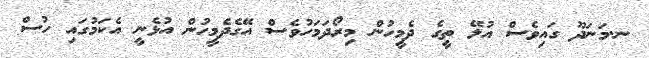
ނ.މަނަދޫ ގައިވެސް އުޅޭ ތީގެ ދެމީހުން މިރޯދަމަހުވެސް އޭގެދެމީހުން އުޅެނީ އެކަމުގައި ހުސް